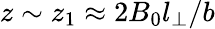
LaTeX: z\sim z_{1}\approx 2B_{0}l_{\perp}/b